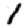
Digit: 1